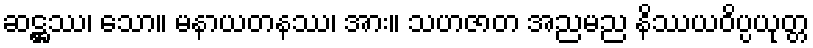
ဆဋ္ဌဿ၊ သော။ မနာယတနဿ၊ အား။ သဟဇာတ အညမည နိဿယဝိပ္ပယုတ္တ